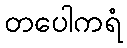
တပေါကရံ